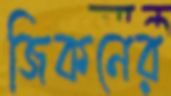
জিকনের